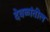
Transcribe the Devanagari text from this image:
देवळांतील